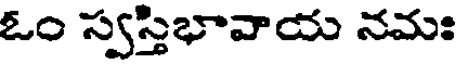
ఓం స్వస్తిభావాదు నమః